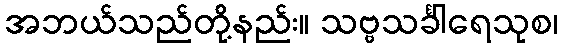
အဘယ်သည်တို့နည်း။ သဗ္ဗသင်္ခါရေသုစ၊